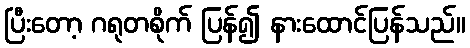
ပြီးတော့ ဂရုတစိုက် ပြန်၍ နားထောင်ပြန်သည်။